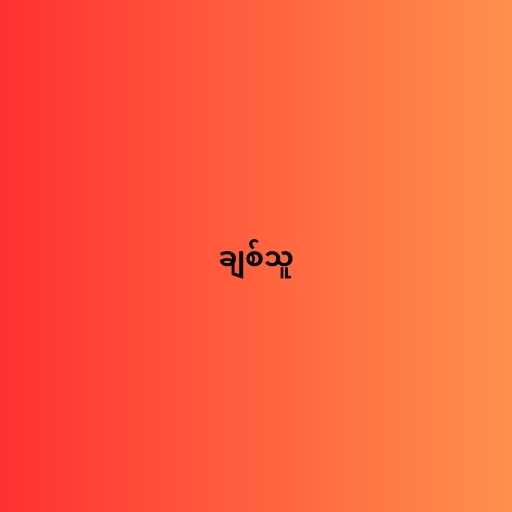
ချစ်သူ